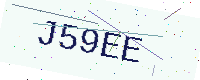
Text: J59EE